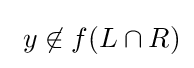
~y\not \in f(L\cap R)